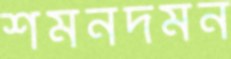
শমনদমন